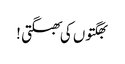
بھگتوں کی بھگتی !